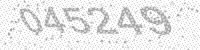
Solution: 045249